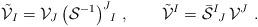
LaTeX: \begin{align*}\tilde{\cal V}_I = {\cal V}_J\,\big({\cal S}^{-1}\big)^J{}_{\!I}\ ,\qquad\tilde{\cal V}^I = \bar{\cal S}^I{}_{\!J}\, {\cal V}^J\ .\end{align*}